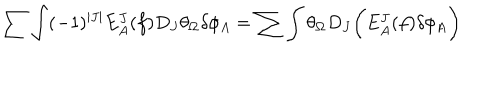
\sum \int ( - 1 ) ^ { | J | } E _ { A } ^ { J } ( f ) D _ { J } \theta _ { \Omega } \delta \phi _ { A } = \sum \int \theta _ { \Omega } D _ { J } \biggl ( E _ { A } ^ { J } ( f ) \delta \phi _ { A } \biggr )